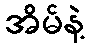
အိမ်နဲ့